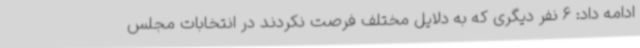
ادامه داد: 6 نفر دیگری که به دلایل مختلف فرصت نکردند در انتخابات مجلس